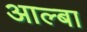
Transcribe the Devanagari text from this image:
आल्बा